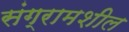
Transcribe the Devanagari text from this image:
संग्रामशील